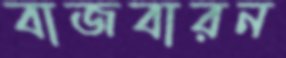
বাজবারন